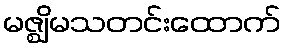
မဇ္ဈိမသတင်းထောက်